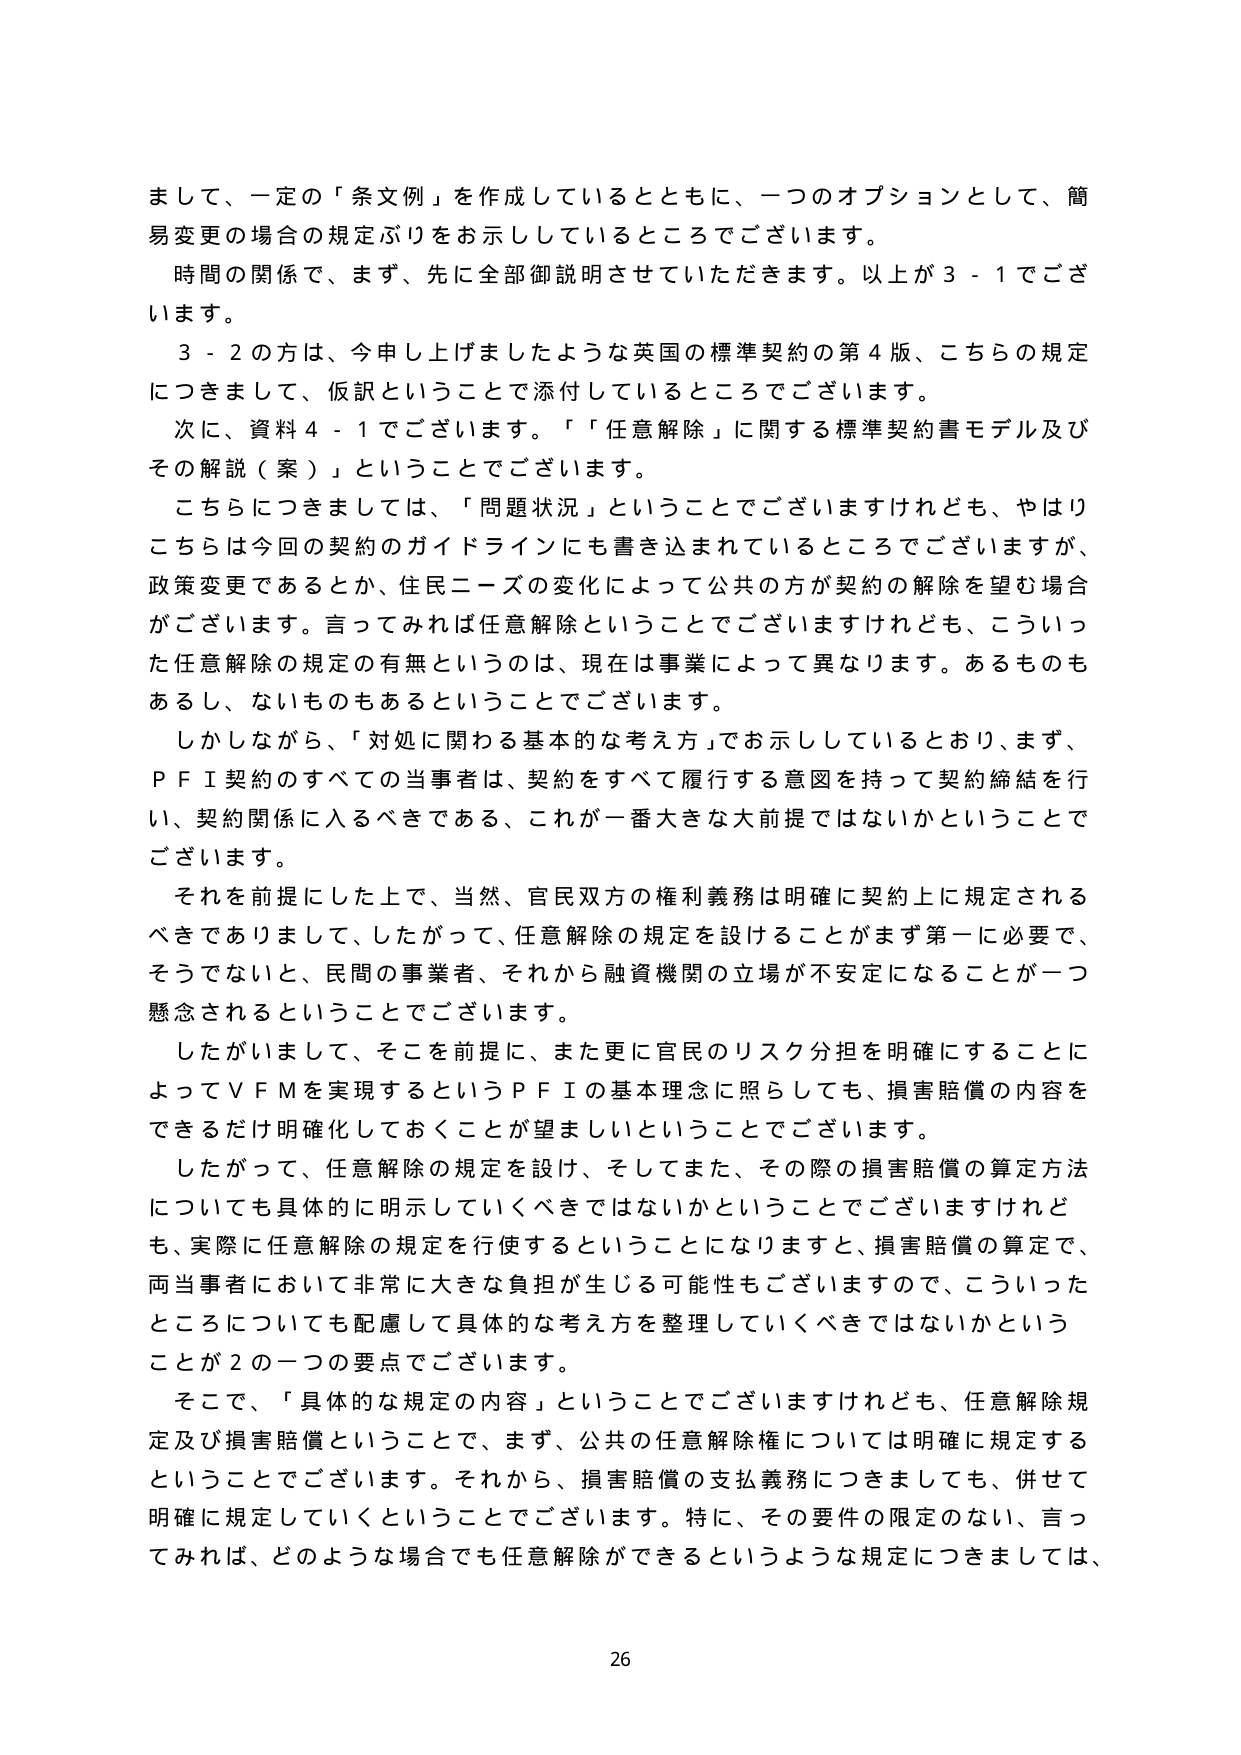
まして、一定の「条文例」を作成しているとともに、一つのオプションとして、簡易変更の場合の規定ぶりをお示ししているところでございます。

時間の関係で、まず、先に全部御説明させていただきます。以上が３－１でございます。

３－２の方は、今申し上げましたような英国の標準契約の第４版、こちらの規定につきまして、仮訳ということで添付しているところでございます。

次に、資料４－１でございます。「「任意解除」に関する標準契約書モデル及びその解説（案）」ということでございます。

こちらにつきましては、「問題状況」ということでございますけれども、やはりこちらは今回の契約のガイドラインにも書き込まれているところでございますが、政策変更であるとか、住民ニーズの変化によって公共の方が契約の解除を望む場合がございます。言ってみれば任意解除ということでございますけれども、こういった任意解除の規定の有無というのは、現在は事業によって異なります。あるものもあるし、ないものもあるということでございます。

しかしながら、「対処に関する基本的な考え方」でお示ししているとおり、まず、ＰＦＩ契約のすべての当事者は、契約をすべて履行する意図を持って契約締結を行い、契約関係に入るべきである、これが一番大きな大前提ではないかということでございます。

それを前提にした上で、当然、官民双方の権利義務は明確に契約上に規定されるべきでありまして、したがって、任意解除の規定を設けることがまず第一に必要で、そうでないと、民間の事業者、それから融資機関の立場が不安定になることが一つ懸念されるということでございます。

したがいまして、そこを前提に、また更に官民のリスク分担を明確にすることによってＶＦＭを実現するというＰＦＩの基本理念に照らしても、損害賠償の内容をできるだけ明確化しておくことが望ましいということでございます。

したがって、任意解除の規定を設け、そしてまた、その際の損害賠償の算定方法についても具体的に明示していくべきではないかということでございますけれども、実際に任意解除の規定を行使するということになりますと、損害賠償の算定で、両当事者において非常に大きな負担が生じる可能性もございますので、こういったところについても配慮して具体的な考え方を整理していくべきではないかということが２の一つの要点でございます。

そこで、「具体的な規定の内容」ということでございますけれども、任意解除規定及び損害賠償ということで、まず、公共の任意解除権については明確に規定するということでございます。それから、損害賠償の支払義務につきましても、併せて明確に規定していくということでございます。特に、その要件の限定のない、言ってみれば、どのような場合でも任意解除ができるというような規定につきましては、

26